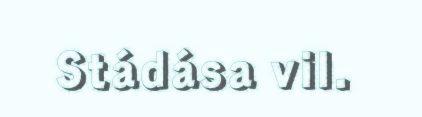
Stádása vil.